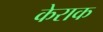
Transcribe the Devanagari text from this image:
केराक